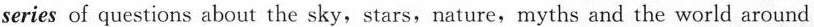
series of questions about the sky,stars,nature,myths and the world around